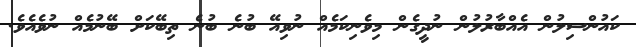
ކައުންސިލުން އެއްބާރުލުން ނުދީގެން މިވެނިކަމެއް ނުވިއޭ ބުނެ ބުނެ ތިބޭކަށް ބޭނުމެއް ނުވެއެވެ.